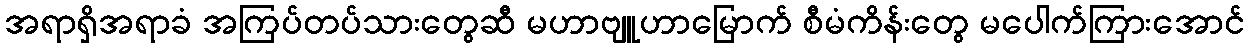
အရာရှိအရာခံ အကြပ်တပ်သားတွေဆီ မဟာဗျူဟာမြောက် စီမံကိန်းတွေ မပေါက်ကြားအောင်